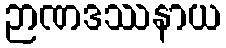
ဉာဏဒဿနာယ